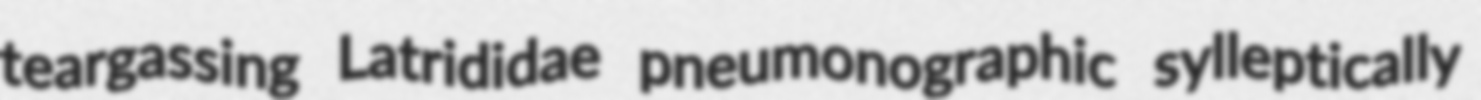
teargassing Latrididae pneumonographic sylleptically